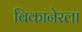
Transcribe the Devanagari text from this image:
बिकानेरला